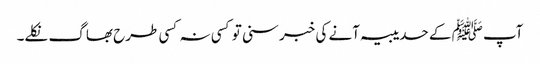
آپﷺ کے حدیبیہ آنے کی خبر سنی تو کسی نہ کسی طرح بھاگ نکلے۔